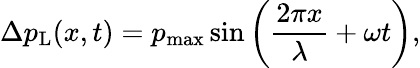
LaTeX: \Delta p_{\mathrm{L}}(x,t)=p_{\mathrm{max}}\sin\left({\frac{2\pi x}{\lambda}}+\omega t\right),